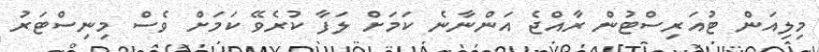
މިލިއަން ޓުއަރިސްޓުން ރާއްޖެ އަންނާނެ ކަމަށް ލަފާ ކުރެވޭ ކަމަށް ވެސް މިނިސްޓަރު